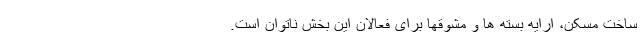
ساخت مسکن، ارایه بسته ها و مشوقها برای فعالان این بخش ناتوان است.